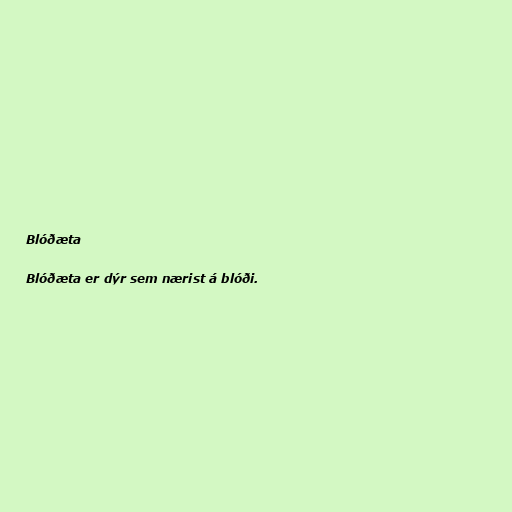
Blóðæta

Blóðæta er dýr sem nærist á blóði.